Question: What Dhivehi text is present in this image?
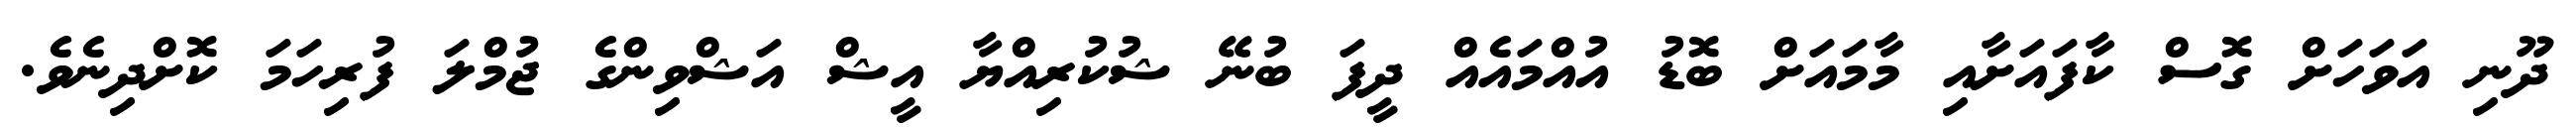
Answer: ދޫނި އަވަހަށް ގޮސް ކާފައަށާއި މާމައަށް ބޮޑު އުއްމައެއް ދީފަ ބުނޭ ޝުކުރިއްޔާ އީޝް އަޝްވިންގެ ޖުމްލަ ފުރިހަމަ ކޮށްދިނެވެ.